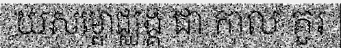
យសម្ពោជ្ឈង្គ ជា កាល គួរ